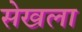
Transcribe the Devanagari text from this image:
सेखला